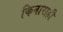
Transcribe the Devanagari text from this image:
किनाराही